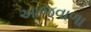
આજવાળા